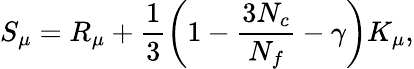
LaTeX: S_{\mu}=R_{\mu}+\frac{1}{3}\left(1-\frac{3N_{c}}{N_{f}}-\gamma\right)K_{\mu},